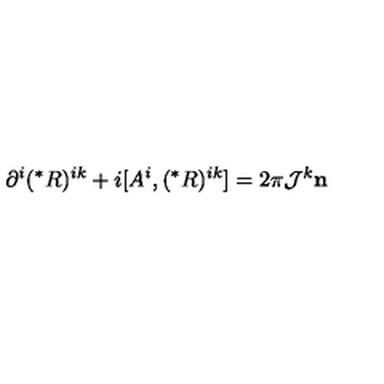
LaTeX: \partial ^ { i } ( ^ { * } R ) ^ { i k } + i [ A ^ { i } , ( ^ { * } R ) ^ { i k } ] = 2 \pi { \cal J } ^ { k } { \bf n }